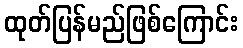
ထုတ်ပြန်မည်ဖြစ်ကြောင်း